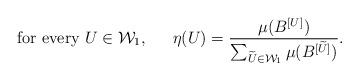
LaTeX: \begin{align*}\mbox{ for every $U \in \mathcal{W}_1$, } \ \ \ \ \eta(U )=\frac{\mu(B^{[U]})}{\sum_{\widetilde{ U} \in \mathcal{W}_1}\mu(B^{[\widetilde{U}]})} . \end{align*}